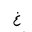
Letter: _gayn